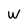
Character: W